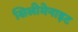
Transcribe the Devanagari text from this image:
सिलीमेनाइट